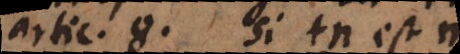
artic. 8. Si tn est m,